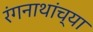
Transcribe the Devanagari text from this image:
रंगनाथांच्या